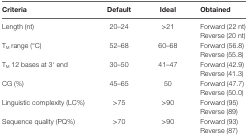
<table><thead><tr><td><b>Criteria</b></td><td><b>Default</b></td><td><b>Ideal</b></td><td><b>Obtained</b></td></tr></thead><tbody><tr><td rowspan="2">Length (nt)</td><td rowspan="2">20–24</td><td rowspan="2">&gt;21</td><td>Forward (22 nt)</td></tr><tr><td>Reverse (20 nt)</td></tr><tr><td rowspan="2">T<sub>M</sub> range (°C)</td><td rowspan="2">52–68</td><td rowspan="2">60–68</td><td>Forward (56.8)</td></tr><tr><td>Reverse (55.8)</td></tr><tr><td rowspan="2">T<sub>M</sub> 12 bases at 3′ end</td><td rowspan="2">30–50</td><td rowspan="2">41–47</td><td>Forward (42.9)</td></tr><tr><td>Reverse (41.3)</td></tr><tr><td rowspan="2">CG (%)</td><td rowspan="2">45–65</td><td rowspan="2">50</td><td>Forward (47.7)</td></tr><tr><td>Reverse (50.0)</td></tr><tr><td rowspan="2">Linguistic complexity (LC%)</td><td rowspan="2">&gt;75</td><td rowspan="2">&gt;90</td><td>Forward (95)</td></tr><tr><td>Reverse (89)</td></tr><tr><td rowspan="2">Sequence quality (PQ%)</td><td rowspan="2">&gt;70</td><td rowspan="2">&gt;90</td><td>Forward (93)</td></tr><tr><td>Reverse (87)</td></tr></tbody></table>